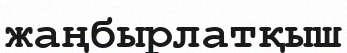
жаңбырлатқыш